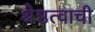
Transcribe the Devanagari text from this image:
श्रेष्ठत्वाची